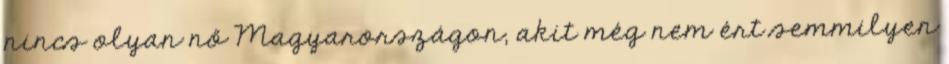
nincs olyan nő Magyarországon, akit még nem ért semmilyen